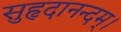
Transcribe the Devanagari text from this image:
सुहृदानन्दम्‌।